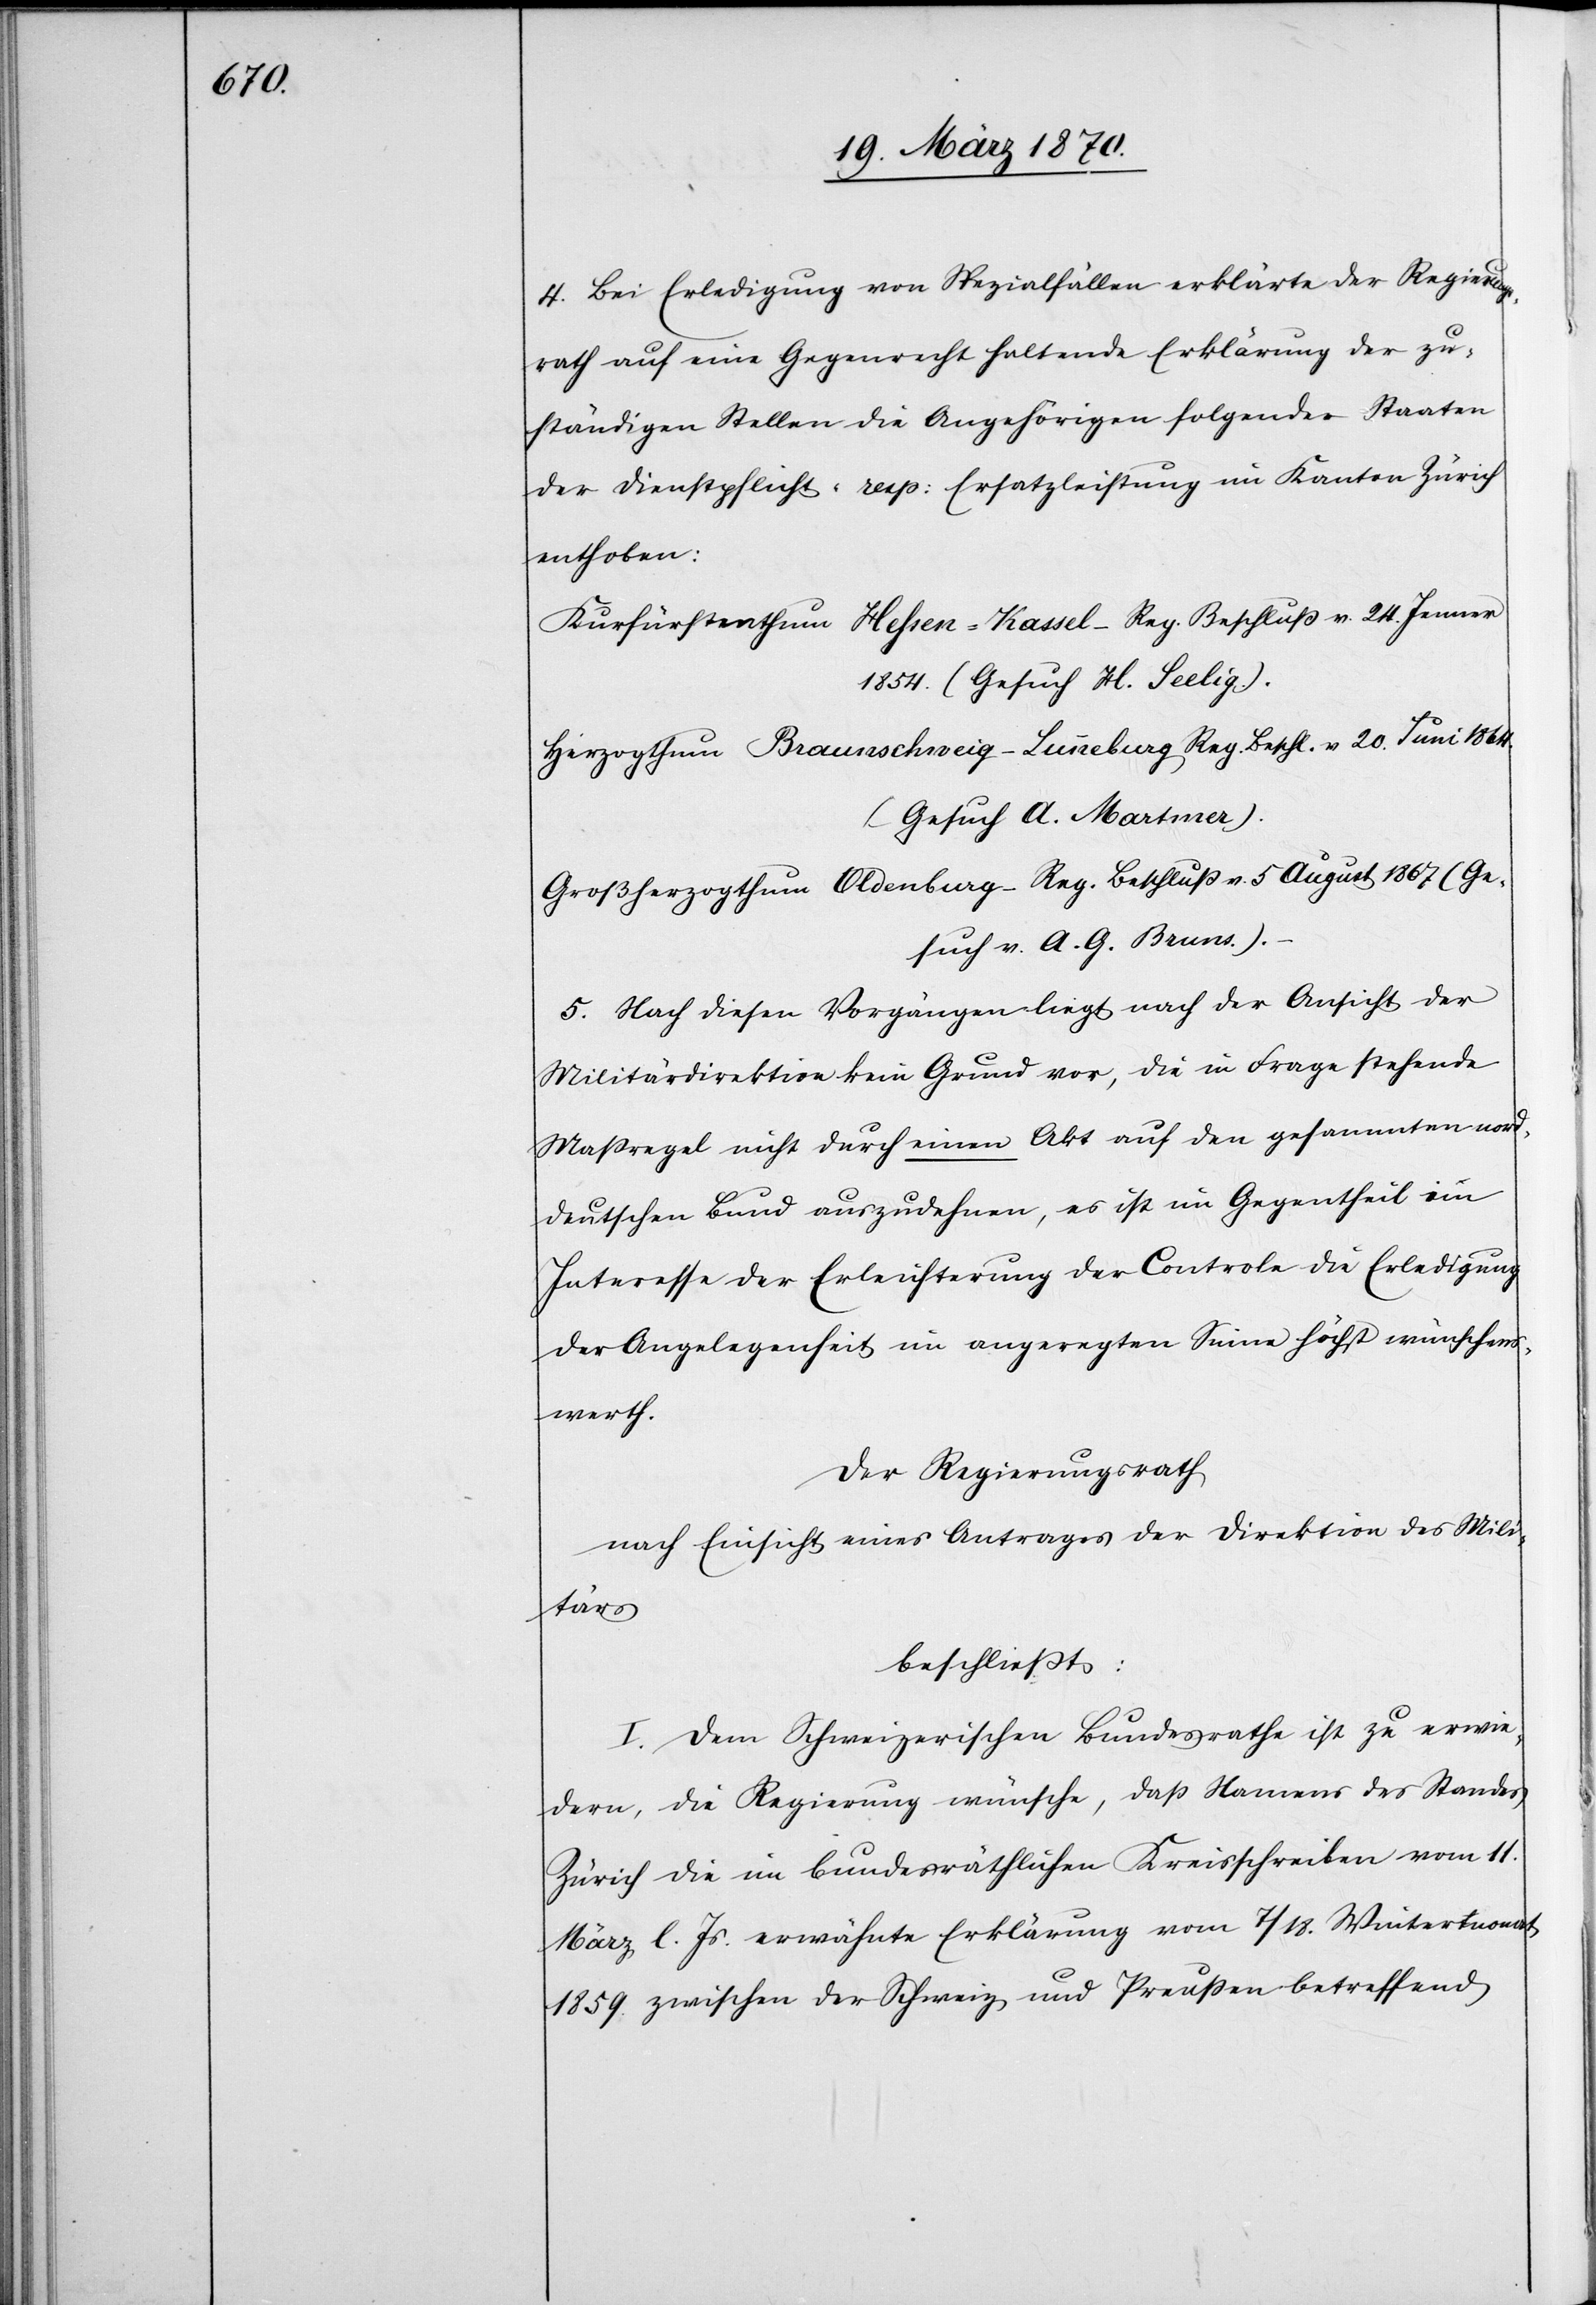
4. Bei Erledigung von Spezialfällen erklärte der Regierungs¬
rath auf eine Gegenrecht haltende Erklärung der zu¬
ständigen Stellen die Angehörigen folgender Staaten
der Dienstpflicht- resp: Ersatzleistung im Kanton Zürich
enthoben:
Kurfürstenthum Hessen-Kassel – Reg. Beschluß v. 24. Jenner
1854. (Gesuch H. Seelig.).
Herzogthum Braunschweig-Lunneburg Reg. Beschluß v. 20. Juni 1864.
(Gesuch A. Martmer).
Großherzogthum Oldenburg – Reg. Beschluß v. 5 August 1867. (Ge¬
such v. A. G. Bruns.).
5. Nach diesen Vorgängen liegt nach der Ansicht der
Militärdirektion kein Grund vor, die in Frage stehende
Maßregel nicht durch einen Akt auf den gesammten nord¬
deutschen Bund auszudehnen, es ist im Gegentheil im
Interesse der Erleichterung der Controle die Erledigung
der Angelegenheit im angeregten Sinne höchst wünschens¬
werth.
Der Regierungsrath
nach Einsicht eines Antrages der Direktion des Mili¬
tärs
beschließt:
I. Dem Schweizerischen Bundesrathe ist zu erwie¬
dern, die Regierung wünsche, daß Namens des Standes
Zürich die im bundesräthlichen Kreisschreiben vom 11.
März l. Js. erwähnte Erklärung vom 7/18. Wintermonat
1859. zwischen der Schweiz und Preußen betreffend